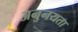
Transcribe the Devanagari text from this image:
अनुनयता